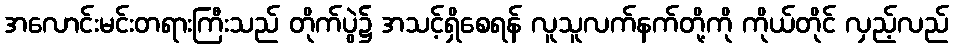
အလောင်းမင်းတရားကြီးသည် တိုက်ပွဲ၌ အသင့်ရှိစေရန် လူသူလက်နက်တို့ကို ကိုယ်တိုင် လှည့်လည်